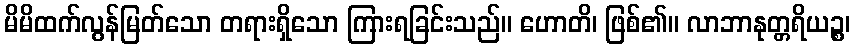
မိမိထက်လွန်မြတ်သော တရားရှိသော ကြားရခြင်းသည်။ ဟောတိ၊ ဖြစ်၏။ လာဘာနုတ္တရိယဉ္စ၊